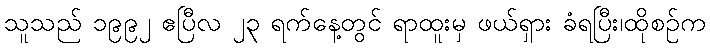
သူသည် ၁၉၉၂ ဧပြီလ ၂၃ ရက်နေ့တွင် ရာထူးမှ ဖယ်ရှား ခံရပြီး၊ထိုစဉ်က